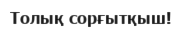
Толық сорғытқыш!